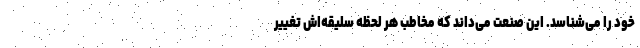
خود را می‌شناسد. این صنعت می‌داند که مخاطب هر لحظه سلیقه‌اش تغییر